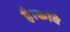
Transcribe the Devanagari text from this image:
है।कवि